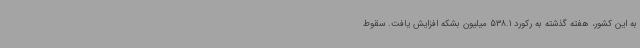
به این کشور، هفته گذشته به رکورد 538.1 میلیون بشکه افزایش یافت. سقوط